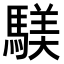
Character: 𫘑